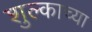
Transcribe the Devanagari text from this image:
शुल्काच्या